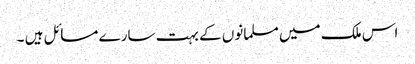
اس ملک میں مسلمانوں کے بہت سارے مسائل ہیں ۔